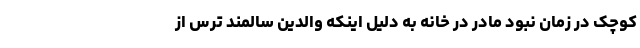
کوچک در زمان نبود مادر در خانه به ‌دلیل اینکه والدین سالمند ترس از